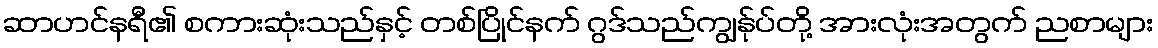
ဆာဟင်နရီ၏ စကားဆုံးသည်နှင့် တစ်ပြိုင်နက် ဂွဒ်သည်ကျွန်ုပ်တို့ အားလုံးအတွက် ညစာများ